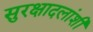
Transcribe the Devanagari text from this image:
सुरक्षादलांशी